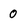
Character: 0